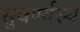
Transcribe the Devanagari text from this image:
सुवर्ण्यस्य